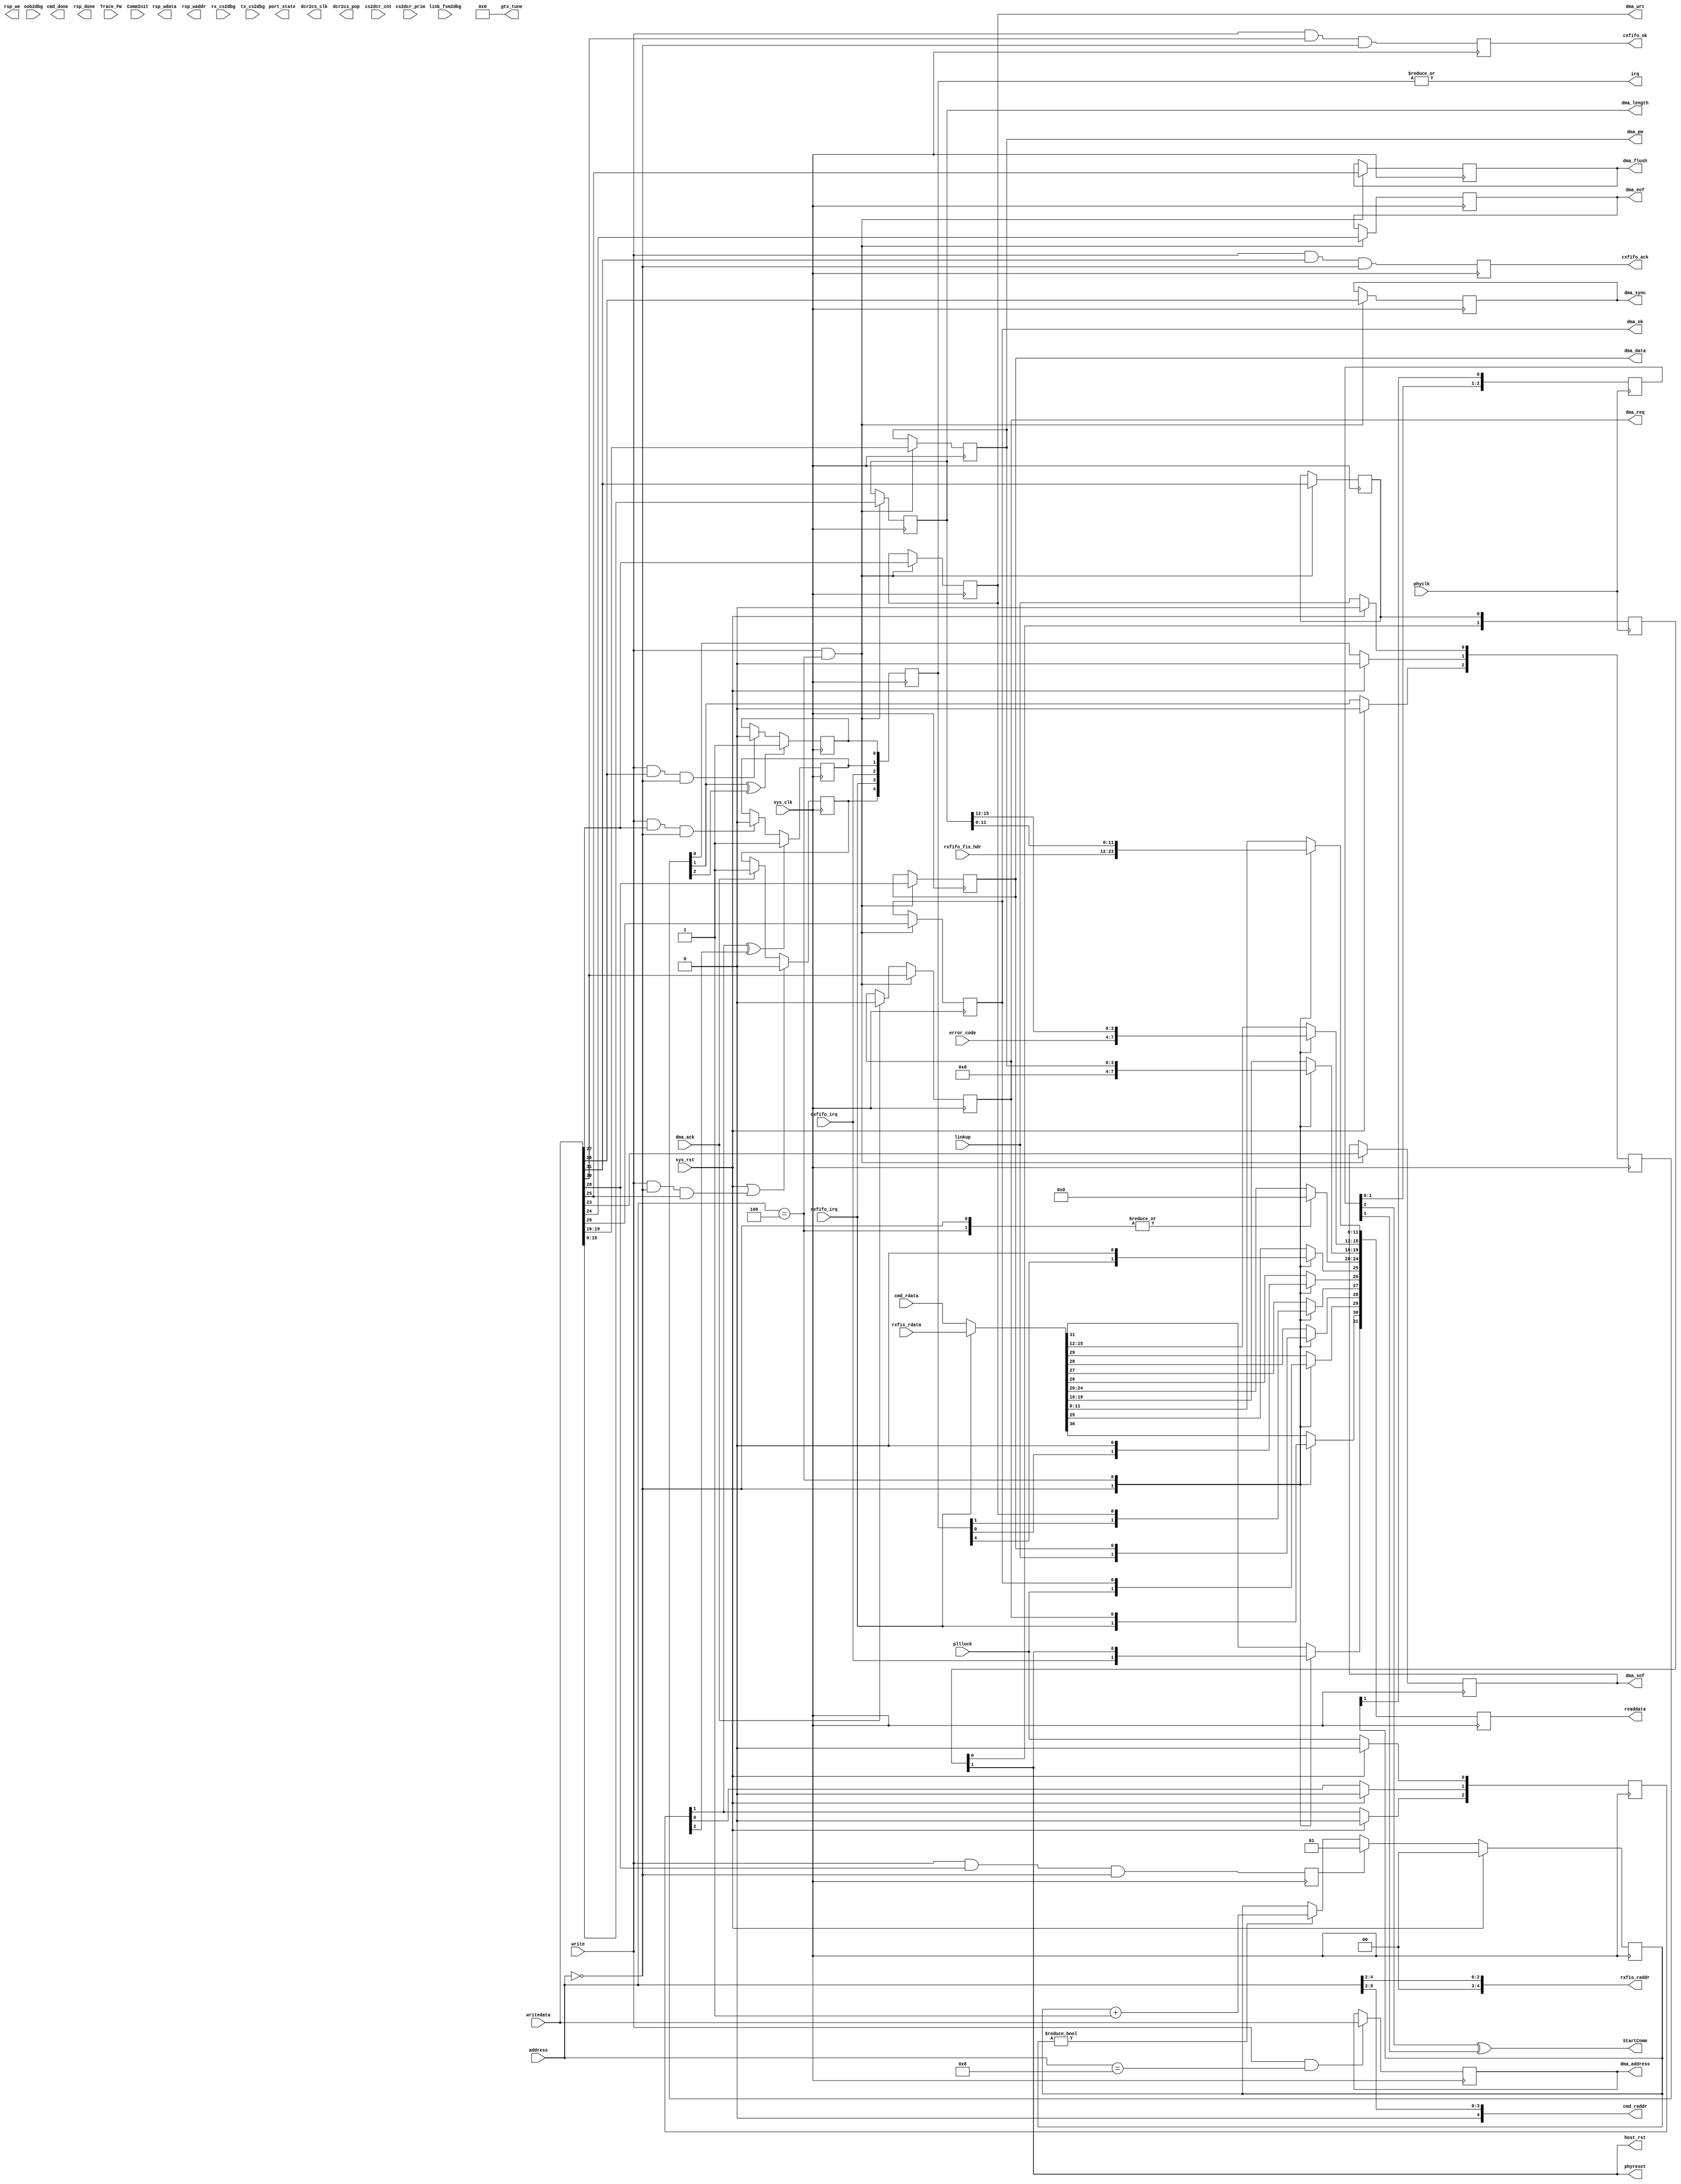
// hs_dcr_if.v --- 
// 
// Description: 
// Maintainer: 
// Version: 
// Last-Updated: 
//           By: 
//     Update #: 0
// URL: 
// Keywords: 
// Compatibility: 
// 
// 

// Commentary: 
// 
// rxfifo_irq: clear by starting a dma.
// cxfifo_irq: clear by write ack/ok.
// 

// Change log:
// 
// 
// 

// Copyright (C) 2008,2009 Beijing Soul tech.
// -------------------------------------
// Naming Conventions:
// 	active low signals                 : "*_n"
// 	clock signals                      : "clk", "clk_div#", "clk_#x"
// 	reset signals                      : "rst", "rst_n"
// 	generics                           : "C_*"
// 	user defined types                 : "*_TYPE"
// 	state machine next state           : "*_ns"
// 	state machine current state        : "*_cs"
// 	combinatorial signals              : "*_com"
// 	pipelined or register delay signals: "*_d#"
// 	counter signals                    : "*cnt*"
// 	clock enable signals               : "*_ce"
// 	internal version of output port    : "*_i"
// 	device pins                        : "*_pin"
// 	ports                              : - Names begin with Uppercase
// Code:
module hs_dcr_if (/*AUTOARG*/
   // Outputs
   readdata, irq, StartComm, phyreset, host_rst, gtx_tune, port_state,
   dcr2cs_clk, dcr2cs_pop, dma_address, dma_length, dma_pm, dma_data,
   dma_ok, dma_req, dma_wrt, dma_sync, dma_flush, dma_eof, dma_sof,
   cxfifo_ack, cxfifo_ok, rxfis_raddr, cmd_raddr, cmd_done, rsp_wdata,
   rsp_waddr, rsp_we, rsp_done,
   // Inputs
   sys_clk, sys_rst, phyclk, address, write, writedata, Trace_FW,
   CommInit, linkup, plllock, cs2dcr_prim, cs2dcr_cnt, link_fsm2dbg,
   rx_cs2dbg, tx_cs2dbg, oob2dbg, error_code, rxfifo_fis_hdr, dma_ack,
   rxfifo_irq, cxfifo_irq, rxfis_rdata, cmd_rdata
   );
   parameter C_PORT = 0;
   parameter C_SATA_CHIPSCOPE = 0;

   input sys_clk;
   input sys_rst;

   input phyclk;

   input [5:0] address;
   input       write;
   input [31:0] writedata;
   output [31:0] readdata;
   output 	 irq;
   input [127:0] Trace_FW;
   /**********************************************************************/
   output 	 StartComm;
   input 	 CommInit;
   output 	 phyreset;
   output 	 host_rst;
   input 	 linkup;
   input 	 plllock;
   output [31:0] gtx_tune;
   output [7:0]  port_state;
   output 	 dcr2cs_clk;
   output 	 dcr2cs_pop;
   input [35:0]  cs2dcr_prim;
   input [8:0] 	 cs2dcr_cnt;
   input [127:0] link_fsm2dbg;
   input [127:0] rx_cs2dbg;
   input [127:0] tx_cs2dbg;
   input [127:0] oob2dbg;
   /**********************************************************************/   
   input [3:0] 	 error_code;
   input [11:0]  rxfifo_fis_hdr;
   output [31:0] dma_address;
   output [15:0] dma_length;
   output [3:0]  dma_pm;
   output 	 dma_data;
   output 	 dma_ok;
   output 	 dma_req;
   output 	 dma_wrt;
   output 	 dma_sync;
   output 	 dma_flush;
   output 	 dma_eof;
   output 	 dma_sof;
   input 	 dma_ack;
   input 	 rxfifo_irq;
   input 	 cxfifo_irq;
   output 	 cxfifo_ack;
   output 	 cxfifo_ok;
   /**********************************************************************/
   input [31:0]  rxfis_rdata;
   output [4:0]  rxfis_raddr;
   input [31:0]  cmd_rdata;
   output [4:0]  cmd_raddr;
   output        cmd_done;
   output [31:0] rsp_wdata;
   output [4:0]  rsp_waddr;
   output 	 rsp_we;
   output 	 rsp_done;
   /**********************************************************************/
   /*AUTOREG*/
   // Beginning of automatic regs (for this module's undeclared outputs)
   reg			cmd_done;
   reg			cxfifo_ack;
   reg			cxfifo_ok;
   reg			dcr2cs_clk;
   reg			dcr2cs_pop;
   reg [31:0]		dma_address;
   reg			dma_data;
   reg			dma_eof;
   reg			dma_flush;
   reg [15:0]		dma_length;
   reg			dma_ok;
   reg [3:0]		dma_pm;
   reg			dma_req;
   reg			dma_sof;
   reg			dma_sync;
   reg			dma_wrt;
   reg [7:0]		port_state;
   reg [31:0]		readdata;
   reg			rsp_done;
   reg [4:0]		rsp_waddr;
   reg [31:0]		rsp_wdata;
   reg			rsp_we;
   // End of automatics
   
   /**********************************************************************/
   reg [31:0] 	 readdata_i;
   reg [4:0] 	 irq_stat;
   always @(*)
     begin
	readdata_i = 32'h0;
	case (address)
	  5'h0: begin
	     readdata_i[11:0] = rxfifo_fis_hdr;
	     readdata_i[15:12]= error_code;
	     readdata_i[25]   = irq_stat[4];
	     readdata_i[26]   = irq_stat[0];
	     readdata_i[27]   = irq_stat[1];
	     readdata_i[28]   = linkup;
	     readdata_i[29]   = plllock;
	     readdata_i[30]   = rxfifo_irq;
	     readdata_i[31]   = cxfifo_irq;
	  end
	  5'h4: begin
	     readdata_i[31]   = phyreset;
	     readdata_i[30]   = dma_req;
	     readdata_i[29]   = dma_ok;
	     readdata_i[28]   = dma_data;
	     readdata_i[27]   = dma_wrt;
	     readdata_i[19:16]= dma_pm;
	     readdata_i[15:0] = dma_length;
	  end
	  default: 
	    readdata_i        = rxfifo_irq ? rxfis_rdata : cmd_rdata;
	endcase
     end // always @ (*)
   always @(posedge sys_clk)
     begin
	readdata <= #1 readdata_i;
     end
   assign rxfis_raddr = address[4:2];
   assign cmd_raddr   = address[5:2];
   
   reg plllock_cg;
   reg linkup_cg;
   reg [2:0] plllock_d;
   reg [2:0] linkup_d;
   always @(posedge sys_clk)
     begin
	if (sys_rst)
	  begin
	     linkup_d   <= #1 3'h0;
	     plllock_d  <= #1 3'h0;
	  end
	else begin
	   linkup_d[0]  <= #1 linkup;
	   linkup_d[1]  <= #1 linkup_d[0];
	   linkup_d[2]  <= #1 linkup_d[1];
	   plllock_d[0] <= #1 plllock;
	   plllock_d[1] <= #1 plllock_d[0];
	   plllock_d[2] <= #1 plllock_d[1];
	end
     end // always @ (posedge sys_clk)
   always @(posedge sys_clk)
     begin
	if (plllock_d[1] ^ plllock_d[2])
	  begin
	     plllock_cg <= #1 1'b1;
	  end
	else if (write && writedata[27] && address == 5'h0)
	  begin
	     plllock_cg <= #1 1'b0;
	  end
     end
   always @(posedge sys_clk)
     begin
	if (linkup_d[1] ^ linkup_d[2])
	  begin
	     linkup_cg <= #1 1'b1;
	  end
	else if (write && writedata[26] && address == 5'h0)
	  begin
	     linkup_cg <= #1 1'b0;
	  end
     end // always @ (posedge sys_clk)
   reg com;
   reg phyreset_i;
   always @(posedge sys_clk)
     begin
	cxfifo_ack <= #1 write && writedata[31] && address == 5'h0;
	cxfifo_ok  <= #1 write && writedata[30] && address == 5'h0;
	com        <= #1 write && writedata[28] && address == 5'h0;
     end
   always @(posedge sys_clk)
     begin
	if (write && address == 5'h8)
	  dma_address <= #1 writedata;
	if (write && address == 5'h4)
	  begin
	     dma_length <= #1 writedata[15:0];
	     dma_pm     <= #1 writedata[19:16];
	     dma_sof    <= #1 writedata[23];
	     dma_eof    <= #1 writedata[24];
	     dma_flush  <= #1 writedata[25];
	     dma_sync   <= #1 writedata[26];
	     dma_wrt    <= #1 writedata[27];
	     dma_data   <= #1 writedata[28];
	     dma_ok     <= #1 writedata[29];
	     dma_req    <= #1 writedata[30];
	     phyreset_i <= #1 writedata[31];
	  end
	else if (dma_ack)
	  begin
	     dma_req    <= #1 1'b0;
	  end
     end // always @ (posedge sys_clk)
   reg dma_irq;
   always @(posedge sys_clk)
     begin
	if (sys_rst || (write && address == 5'h0 && writedata[25]))
	  begin
	     dma_irq <= #1 1'b0;
	  end
	else if (dma_ack)
	  begin
	     dma_irq <= #1 1'b1;
	  end
     end // always @ (posedge sys_clk)
   always @(posedge sys_clk)
     begin
	irq_stat <= #1 {dma_irq, rxfifo_irq, cxfifo_irq, plllock_cg, linkup_cg};
     end
   assign irq = |irq_stat;

   reg [1:0] phyreset_r;
   reg [2:0] com_sync;
   reg [1:0] com_tag;
   
   assign host_rst = phyreset_r[1];
   assign phyreset = phyreset_r[1];
   assign StartComm= com_sync[2] ^ com_sync[1];
   assign gtx_tune = 32'h0;
   always @(posedge phyclk)
     begin
	phyreset_r[0] <= #1 phyreset_i;
	phyreset_r[1] <= #1 phyreset_r[0];
	com_sync      <= #1 {com_sync[1:0], com_tag[1]};
     end
   always @(posedge sys_clk)
     begin
	if (sys_rst)
	  begin
	     com_tag <= #1 0;
	  end
	else if (com)
	  begin
	     com_tag <= #1 1;
	  end
	else if (com_tag != 0)
	  begin
	     com_tag <= #1 com_tag + 1'b1;
	  end
     end // always @ (posedge sys_clk) 
endmodule
// 
// hs_dcr_if.v ends here